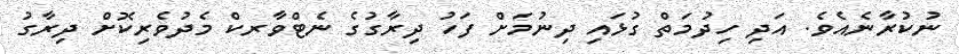
ނުކުރާނެއެވެ. އަދި ހިދުމަތް ގުޅައި ދިނުމަށް ފަހު ދިރާގުގެ ނެޓްވާރކް މެދުވެރިކޮށް ދިރާގު